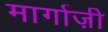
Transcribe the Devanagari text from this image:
मार्गाज़ी